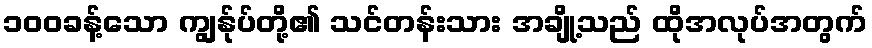
၁၀၀ခန့်သော ကျွန်ုပ်တို့၏ သင်တန်းသား အချို့သည် ထိုအလုပ်အတွက်